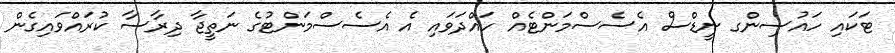
ޓަކައި ހައުސިންގ ނީޑްސް އެސެސްމަންޓެއް ހައްދަވައި އެ އެސެސްމަންޓުގެ ނަތީޖާ ދިރާސާ ކުރައްވައިގެން